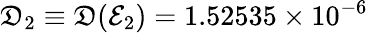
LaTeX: \mathfrak{D}_{2}\equiv\mathfrak{D}(\mathcal{E}_{2})=1.52535\times 10^{-6}